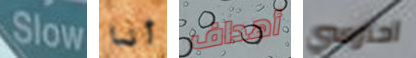
Slow أنا أهداف احترسي